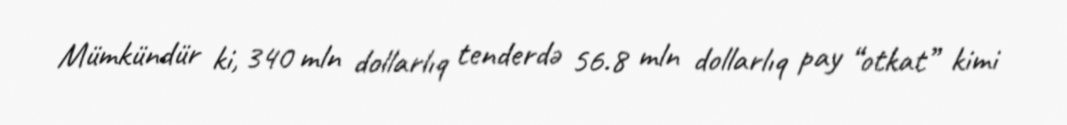
Mümkündür ki, 340 mln dollarlıq tenderdə 56.8 mln dollarlıq pay “otkat” kimi